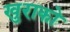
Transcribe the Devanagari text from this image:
खुराको